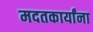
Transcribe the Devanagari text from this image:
मदतकार्यांना